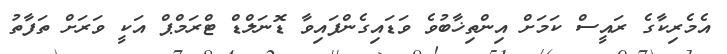
އެމެރިކާގެ ރައީސް ކަމަށް އިންތިޚާބުވެ ވަޑައިގެންފައިވާ ޑޮނަލްޑް ޓްރަމްޕް އަކީ ވަރަށް ތަފާތު